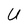
Character: U